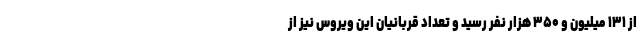
از ۱۳۱ میلیون و ۳۵۰ هزار نفر رسید و تعداد قربانیان این ویروس نیز از